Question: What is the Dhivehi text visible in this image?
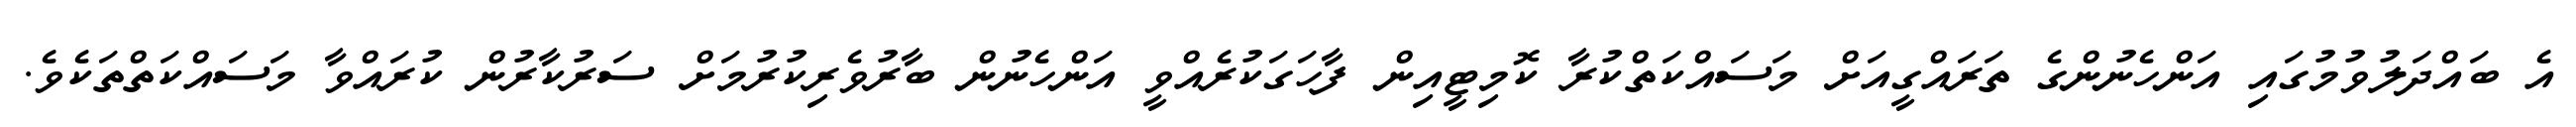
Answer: އެ ބައްދަލުވުމުގައި އަންހެނުންގެ ތަރައްގީއަށް މަސައްކަތްކުރާ ކޮމިޓީއިން ފާހަގަކުރެއްވީ އަންހެނުން ބާރުވެރިކުރުމަށް ސަރުކާރުން ކުރައްވާ މަސައްކަތްތަކެވެ.